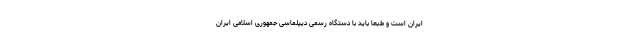
ایران است و طبعا باید با دستگاه رسمی دیپلماسی جمهوری اسلامی ایران